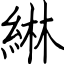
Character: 綝